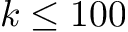
k \leq 1 0 0